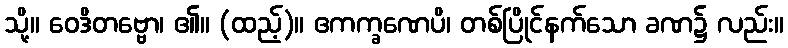
သို့။ ဝေဒိတဗ္ဗော၊ ၏။ (ထည့်)။ ဧကက္ခဏေပိ၊ တစ်ပြိုင်နက်သော ခဏ၌ လည်း။